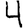
Digit: 4